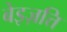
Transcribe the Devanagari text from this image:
बेइज़त्ति